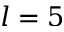
l = 5